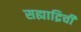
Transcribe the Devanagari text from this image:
सह्याद्रिची